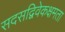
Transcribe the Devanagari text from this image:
सदसद्विवेकक्षमता